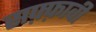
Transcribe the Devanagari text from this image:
सफ़्फ़ावी